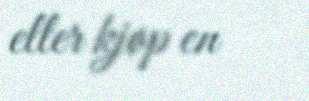
eller kjøp en